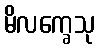
မိလက္ခေသု